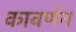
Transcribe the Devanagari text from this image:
कावर्णन